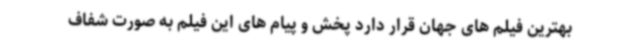
بهترین فیلم های جهان قرار دارد پخش و پیام های این فیلم به صورت شفاف